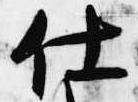
仕